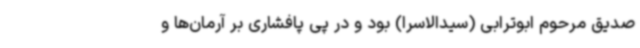
صدیق مرحوم ابوترابی (سیدالاسرا) بود و در پی پافشاری بر آرمان‌ها و